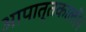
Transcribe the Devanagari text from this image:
आपात्तकालीन